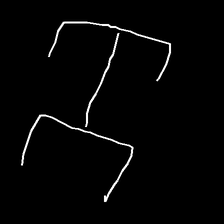
Glyph: entwine